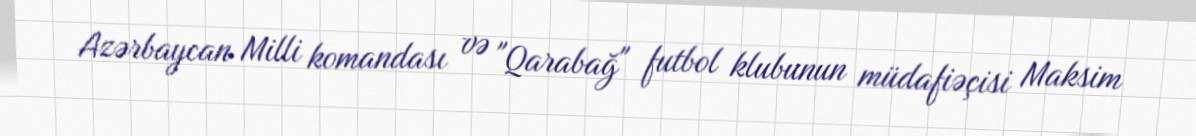
Azərbaycan Milli komandası və "Qarabağ" futbol klubunun müdafiəçisi Maksim